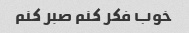
خوب فکر کنم صبر کنم